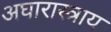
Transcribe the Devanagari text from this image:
अघारास्त्राय